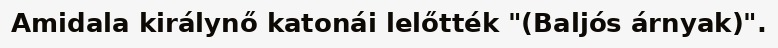
Amidala királynő katonái lelőtték "(Baljós árnyak)".